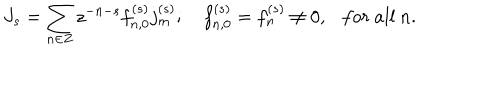
J _ { s } = \sum _ { n \in Z } z ^ { - n - s } f _ { n , 0 } ^ { ( s ) } j _ { m } ^ { ( s ) } ; f _ { n , 0 } ^ { ( s ) } = f _ { n } ^ { ( s ) } \neq 0 , \ \ \ f o r \ a l l \ n .